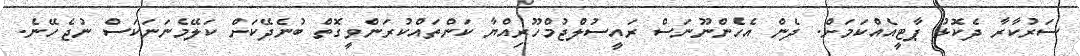
ސަރުކާރާ ދެކޮޅު ޕާޓީއެއްކަމަށް. ދެން އެހެންނޫނަސް ރައީސުލްޖުމްހޫރިއްޔާ ކަންތައްކުރަންވީގޮތް ބުނެދޭކަށް ކަލޭމެނަނަކަސް ނުޖެހޭނެ.